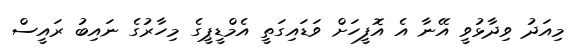
މިއަދު ވިދާޅުވީ އޭނާ އެ އޮފީހަށް ވަޑައިގަތީ އެމްޑީޕީގެ މިހާރުގެ ނައިބު ރައީސް